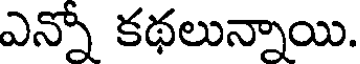
ఎన్నో కథలున్నాయి.